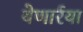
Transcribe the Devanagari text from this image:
येणार्रया